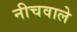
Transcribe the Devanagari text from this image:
नीचवाले